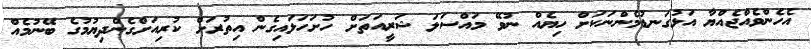
އެހެންވެއްޖެއްޔާ އަޅުގަނޑުމެންނަކަށް ހިޔެއް ނުވޭ މައްސަލަ ޝަރީއަތަށް ހުށަހަޅައިގެން އިތުރަށް ކުރިއަށްގެންދިޔުމުގެ ބޭނުމެއް